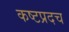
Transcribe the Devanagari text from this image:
कष्टप्रदच